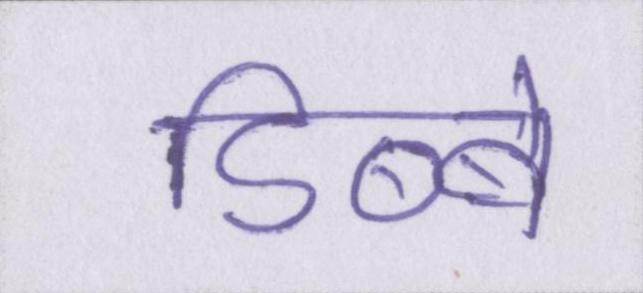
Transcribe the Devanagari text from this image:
डिब्बे